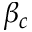
\beta _ { c }